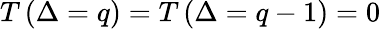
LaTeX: T\left(\Delta=q\right)=T\left(\Delta=q-1\right)=0